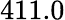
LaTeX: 411.0